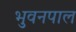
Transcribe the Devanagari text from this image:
भुवनपाल